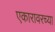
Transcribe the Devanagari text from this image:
एकारावरच्या